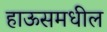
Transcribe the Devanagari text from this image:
हाऊसमधील